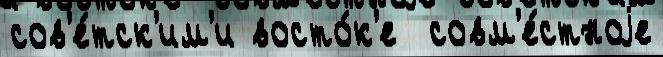
сов'е́тск'им'и восто́к'е  совм'е́стноjе